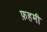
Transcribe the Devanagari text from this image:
फ़हमी